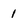
Character: 1